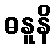
ဓနူနိ